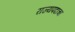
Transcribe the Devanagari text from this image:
राज्यपदाचा